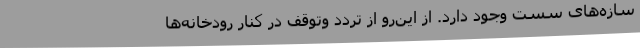
سازه‌های سست وجود دارد. از این‌رو از تردد وتوقف در کنار رودخانه‌ها